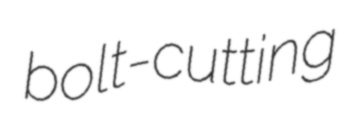
bolt-cutting